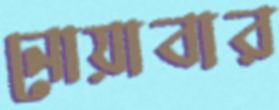
নোয়াবার